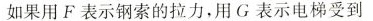
如果用F表示钢索的拉力，用G表示电梯受到